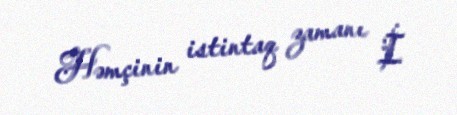
Həmçinin istintaq zamanı İ.